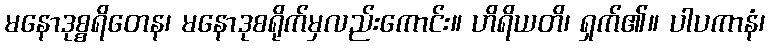
မနောဒုစ္စရိတေန၊ မနောဒုစရိုက်မှလည်းကောင်း။ ဟိရိယတိ၊ ရှက်၏။ ပါပကာနံ၊